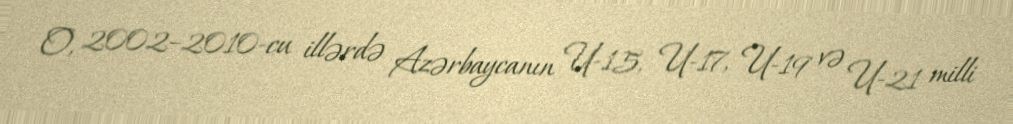
O, 2002–2010-cu illərdə Azərbaycanın U-15, U-17, U-19 və U-21 milli